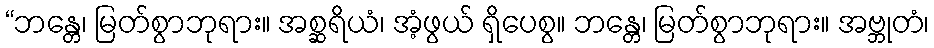
“ဘန္တေ၊ မြတ်စွာဘုရား။ အစ္ဆရိယံ၊ အံ့ဖွယ် ရှိပေစွ။ ဘန္တေ၊ မြတ်စွာဘုရား။ အဗ္ဘုတံ၊